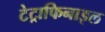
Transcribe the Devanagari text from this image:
टेट्राफिनाइल